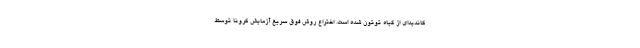
کاندیدای از گیاه توتون شده است. اختراع روش فوق سریع آزمایش کرونا توسط